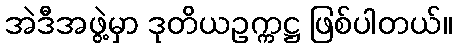
အဲဒီအဖွဲ့မှာ ဒုတိယဥက္ကဋ္ဌ ဖြစ်ပါတယ်။